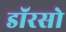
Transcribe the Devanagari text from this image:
डॉरसो